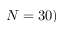
N = 3 0 )